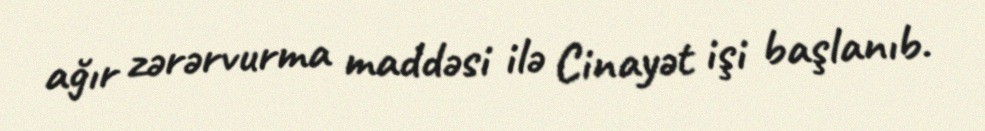
ağır zərərvurma maddəsi ilə Cinayət işi başlanıb.